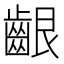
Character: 齦